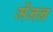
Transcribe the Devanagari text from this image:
मेंनन